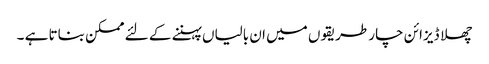
چھلا ڈیزائن چار طریقوں میں ان بالیاں پہننے کے لئے ممکن بناتا ہے ۔